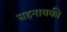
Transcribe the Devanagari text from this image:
सहनायकी